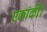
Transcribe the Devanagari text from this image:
एकांकी।